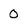
Character: 0